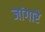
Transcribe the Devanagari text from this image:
जांगारे